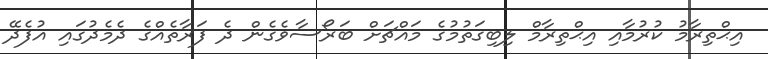
އިޙްތިރާމު ކުރުމާއި އިޙްތިރާމް ލިބިގަތުމުގެ މައްޗަށް ބަރޯސާވެގެން ދެ ފަރާތެއްގެ ދެމެދުގައި އުފެދޭ